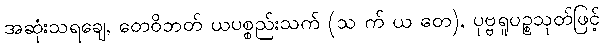
အဆုံးသရချေ, တေဝိဘတ် ယပစ္စည်းသက် (သ က် ယ တေ), ပုဗ္ဗရူပဉ္စသုတ်ဖြင့်